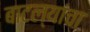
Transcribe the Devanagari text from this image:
बाटल्यांचा